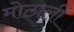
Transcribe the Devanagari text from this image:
मोठालीं